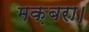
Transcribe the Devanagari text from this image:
मक़बरा।